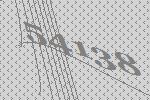
54138